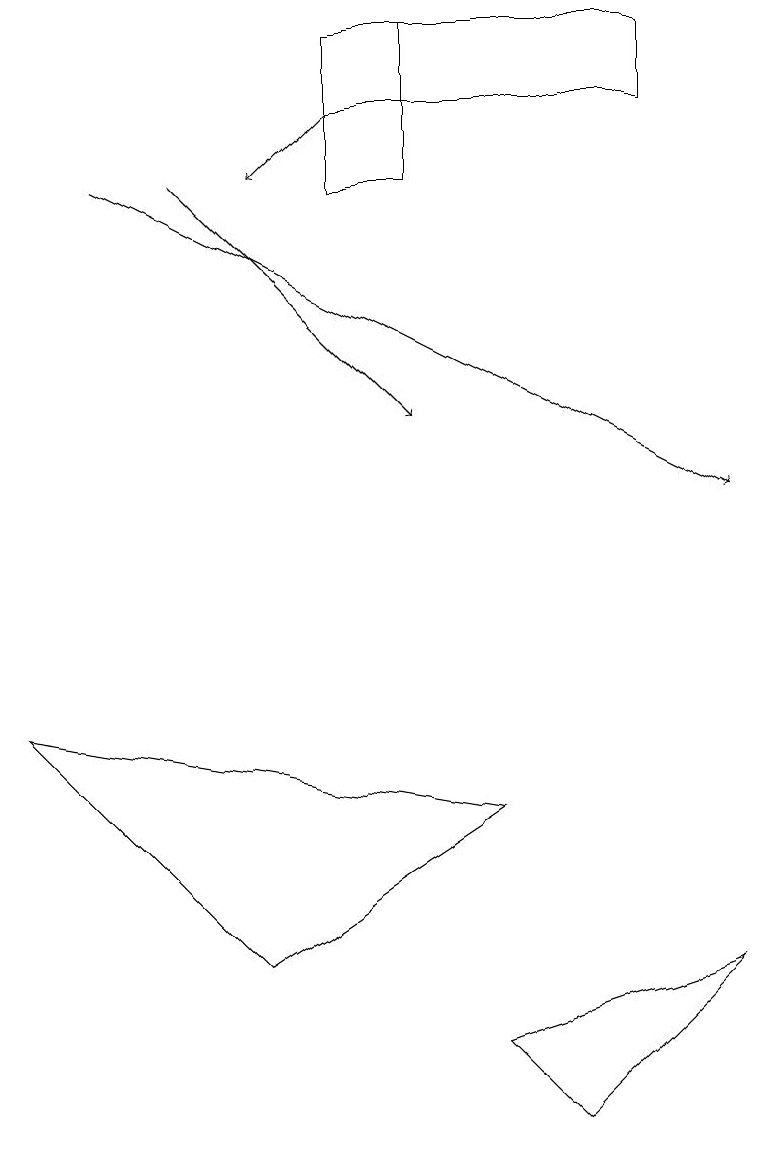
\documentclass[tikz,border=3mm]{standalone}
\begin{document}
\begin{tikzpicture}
\draw[->] (4,15) -- (3,14);
\draw[->] (2,14) -- (5,11);
\draw (5,14) rectangle (4,16);
\draw (4,15) rectangle (8,16);
\draw (0,7) -- (6,6) -- (3,4) -- cycle;
\draw (9,4) -- (7,2) -- (6,3) -- cycle;
\draw[->] (1,14) -- (9,10);
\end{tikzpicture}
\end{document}